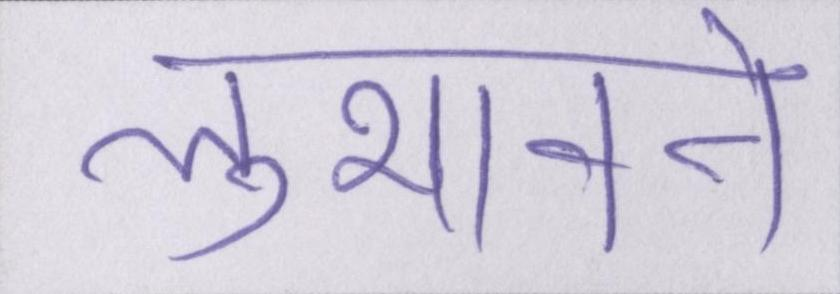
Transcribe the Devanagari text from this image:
लुभावने